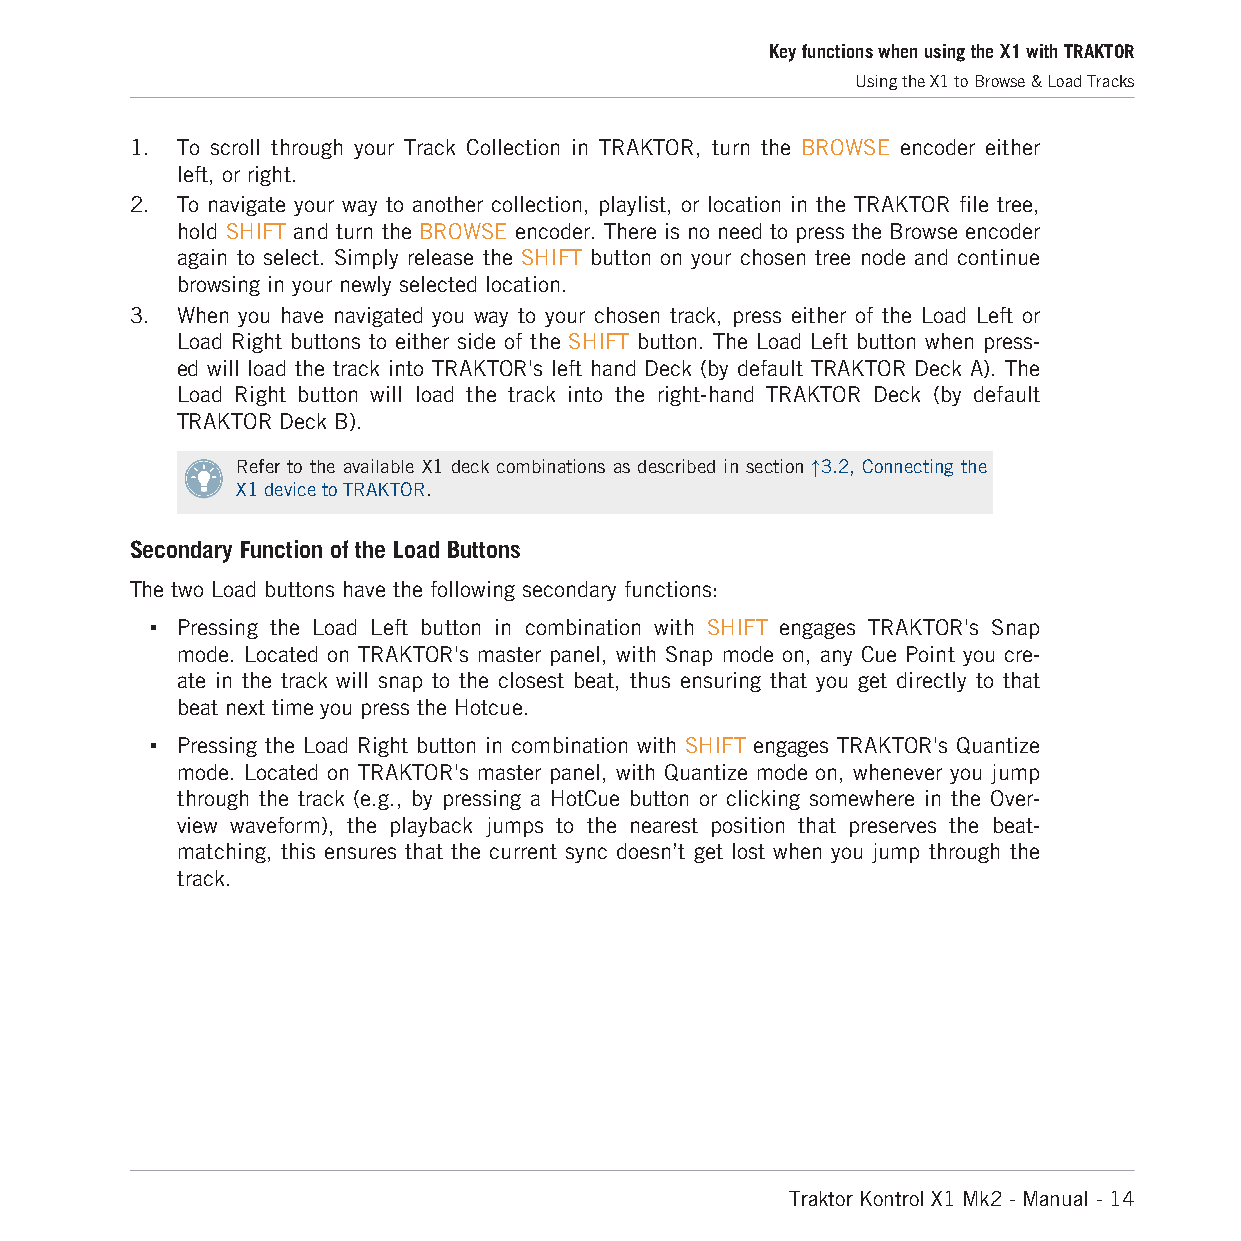
Key functions when using the X1 with TRAKTOR
 Using the X1 to Browse & Load Tracks
 1. To scroll through your Track Collection in TRAKTOR, turn the BROWSE encoder either
 left, or right.
 2. To navigate your way to another collection, playlist, or location in the TRAKTOR file tree,
 hold SHIFT and turn the BROWSE encoder. There is no need to press the Browse encoder
 again to select. Simply release the SHIFT button on your chosen tree node and continue
 browsing in your newly selected location.
 3. When you have navigated you way to your chosen track, press either of the Load Left or
 Load Right buttons to either side of the SHIFT button. The Load Left button when press-
 ed will load the track into TRAKTOR's left hand Deck (by default TRAKTOR Deck A). The
 Load Right button will load the track into the right-hand TRAKTOR Deck (by default
 TRAKTOR Deck B).
 Refer to the available X1 deck combinations as described in section ↑3.2, Connecting the
 X1 device to TRAKTOR.
 Secondary Function of the Load Buttons
 The two Load buttons have the following secondary functions:
 ▪ Pressing the Load Left button in combination with SHIFT engages TRAKTOR's Snap
 mode. Located on TRAKTOR's master panel, with Snap mode on, any Cue Point you cre-
 ate in the track will snap to the closest beat, thus ensuring that you get directly to that
 beat next time you press the Hotcue.
 ▪ Pressing the Load Right button in combination with SHIFT engages TRAKTOR's Quantize
 mode. Located on TRAKTOR's master panel, with Quantize mode on, whenever you jump
 through the track (e.g., by pressing a HotCue button or clicking somewhere in the Over-
 view waveform), the playback jumps to the nearest position that preserves the beat-
 matching, this ensures that the current sync doesn’t get lost when you jump through the
 track.
 Traktor Kontrol X1 Mk2 - Manual - 14